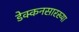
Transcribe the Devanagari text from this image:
डेक्कनसारख्या